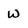
Character: w